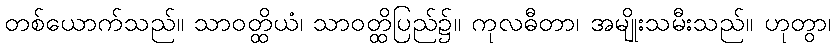
တစ်ယောက်သည်။ သာဝတ္ထိယံ၊ သာဝတ္ထိပြည်၌။ ကုလဓီတာ၊ အမျိုးသမီးသည်။ ဟုတွာ၊